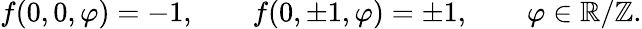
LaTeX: f(0,0,\varphi)=-1,\qquad f(0,\pm 1,\varphi)=\pm 1,\qquad\varphi\in\mathbb{R}/\mathbb{Z}.